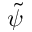
\tilde { \psi }